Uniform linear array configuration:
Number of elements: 48
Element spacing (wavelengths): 0.25
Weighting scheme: hamming
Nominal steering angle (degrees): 15
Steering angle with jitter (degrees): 13.098
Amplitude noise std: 0.05
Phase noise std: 0.05

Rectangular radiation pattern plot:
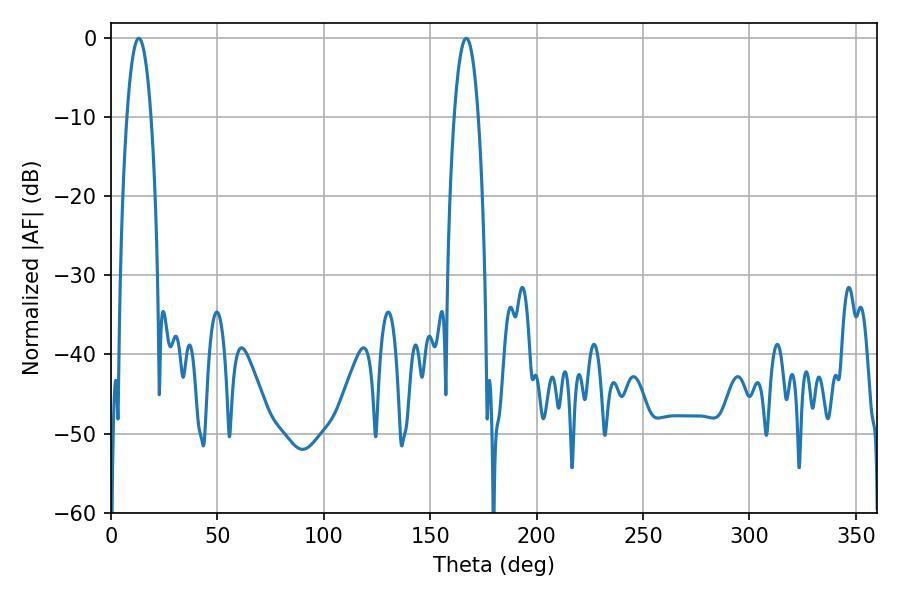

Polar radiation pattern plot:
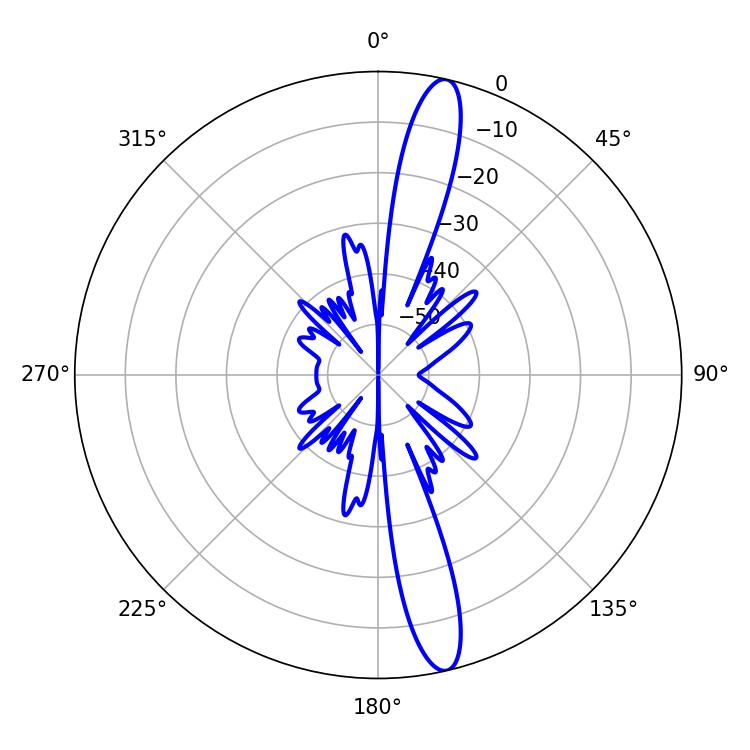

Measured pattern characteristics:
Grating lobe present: FALSE
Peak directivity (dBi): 15.741
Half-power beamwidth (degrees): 6.3
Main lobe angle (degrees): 13.14